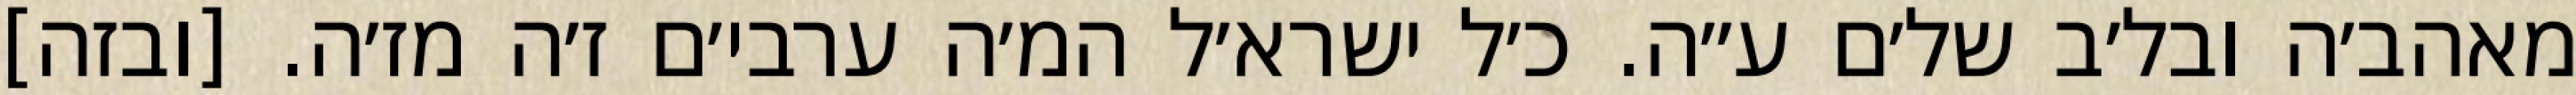
מאהב׳ה ובל׳ב של׳ם ע״ה. כ׳ל ישרא׳ל המ׳ה ערבי׳ם ז׳ה מז׳ה. [ובזה]